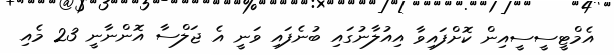
އެމްޓީސީސީއިން ކޮށްފައިވާ އިއުލާނުގައި ބުނެފައި ވަނީ އެ ޖަލްސާ އޮންނާނީ 23 މެއި